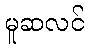
မူဆလင်